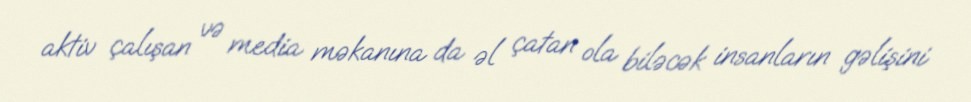
aktiv çalışan və media məkanına da əl çatan ola biləcək insanların gəlişini